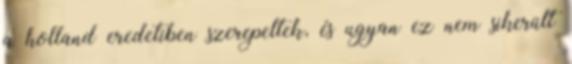
a holland eredetiben szerepeltek, és ugyan ez nem sikerült